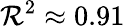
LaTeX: \mathcal{R}^{2}\approx0.91